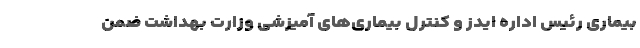
بیماری رئیس اداره ایدز و کنترل بیماری‌های آمیزشی وزارت بهداشت ضمن